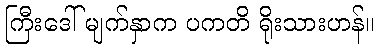
ကြီးဒေါ် မျက်နှာက ပကတိ ရိုးသားဟန်။